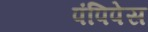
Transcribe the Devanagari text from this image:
पंपिपेस